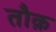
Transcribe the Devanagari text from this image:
तौक़